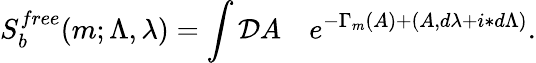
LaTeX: S_{b}^{free}(m;\Lambda,\lambda)=\int{\cal D}A\quad e^{-\Gamma_{m}(A)+(A,d\lambda+i\ast d\Lambda)}.